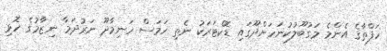
ހަފްތާގެ އެންމެ މަގުބޫލުކުނަހަންދޫގައި ޑޮކްޓަރަކު ނެތި ހަމަސް ހަނިމާދޫ ނަރުދަމާ ނިޒާމުގެ ހޮޅި